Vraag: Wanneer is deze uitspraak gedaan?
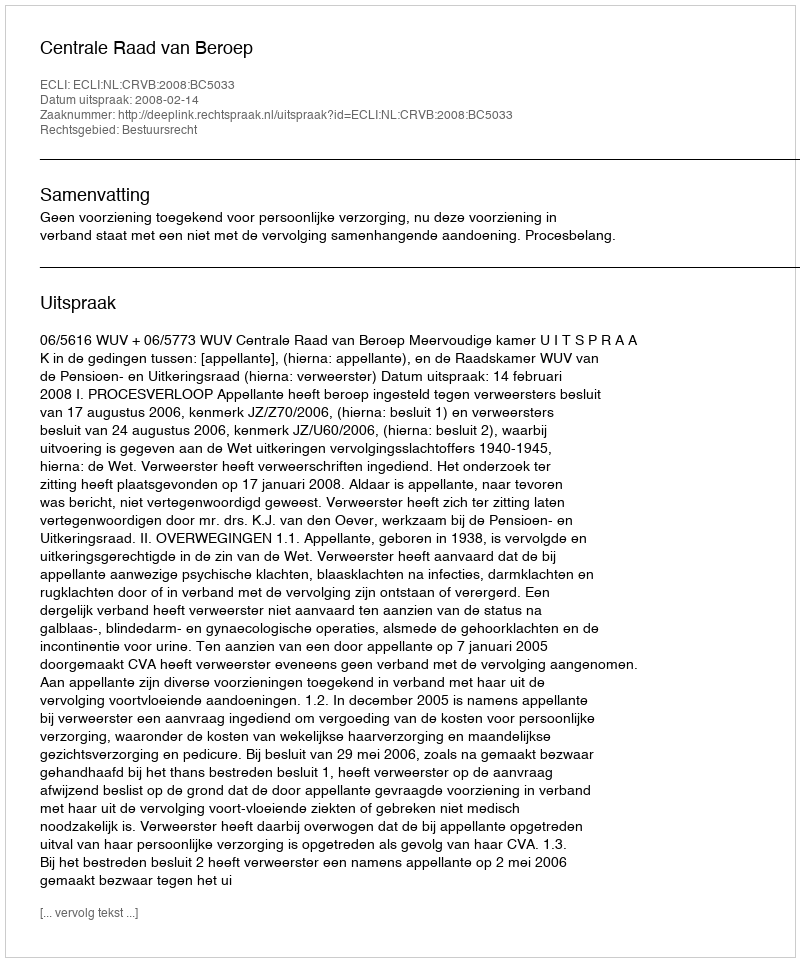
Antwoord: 2008-02-14